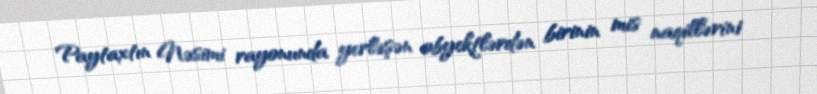
Paytaxtın Nəsimi rayonunda yerləşən obyektlərdən birinin mis naqillərini